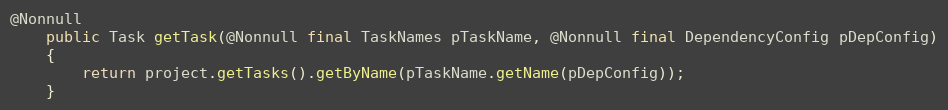
Language: Java
@Nonnull
    public Task getTask(@Nonnull final TaskNames pTaskName, @Nonnull final DependencyConfig pDepConfig)
    {
        return project.getTasks().getByName(pTaskName.getName(pDepConfig));
    }